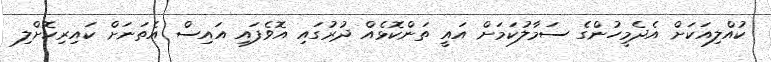
ކުއްލިއަކަށް އެދެމީހުންގެ ސަމާލުކަމަށް އައީ ތަންކޮޅެއް ދުރުގައި އޮވެފައި އައިސް އެތަނަށް ކައިރިކޮށްލި